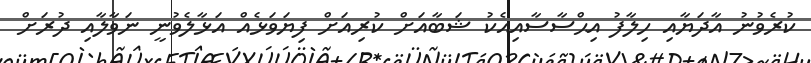
ކުރެވުނު އާދަޔާއި ހިލާފު އިޙްސާސާއިއެކު ޝަބާއަށް ކުރިއަށް ފިޔަވަޅެއް އަޅާލެވުނީ ނަވާލާއި ދުރަށް